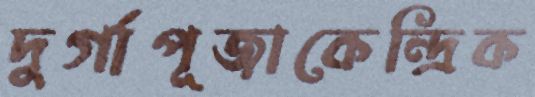
দুর্গাপূজাকেন্দ্রিক